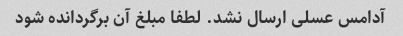
آدامس عسلی ارسال نشد. لطفا مبلغ آن برگردانده شود